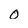
Character: 0